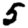
Digit: 5